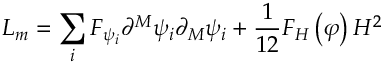
L _ { m } = \sum _ { i } F _ { \psi _ { i } } \partial ^ { M } \psi _ { i } \partial _ { M } \psi _ { i } + \frac 1 { 1 2 } F _ { H } \left( \varphi \right) H ^ { 2 }